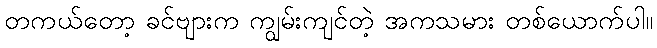
တကယ်တော့ ခင်ဗျားက ကျွမ်းကျင်တဲ့ အကသမား တစ်ယောက်ပါ။